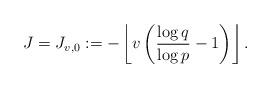
LaTeX: \begin{align*}J = J_{v,0} := - \left\lfloor v \left( \frac{\log q}{\log p} -1 \right) \right\rfloor.\end{align*}